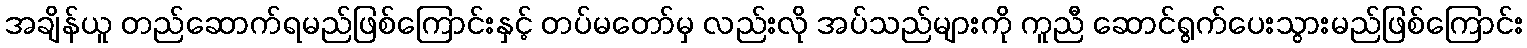
အချိန်ယူ တည်ဆောက်ရမည်ဖြစ်ကြောင်းနှင့် တပ်မတော်မှ လည်းလို အပ်သည်များကို ကူညီ ဆောင်ရွက်ပေးသွားမည်ဖြစ်ကြောင်း